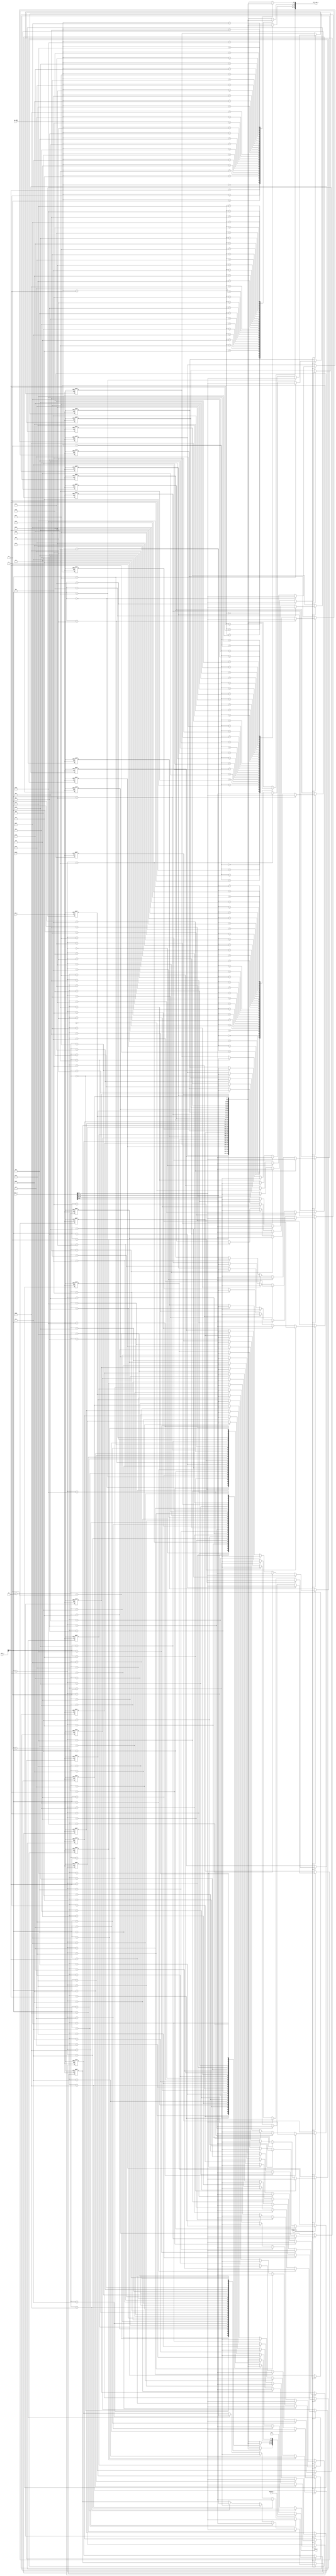
`timescale 1ns / 1ps
//////////////////////////////////////////////////////////////////////////////////
// Company: 
// Engineer: 
// 
// Design Name: 
// Module Name: Data_Mem
// Project Name: 
// Target Devices: 
// Tool Versions: 
// Description: 
// 
// Dependencies: 
// 
// Revision:
// Revision 0.01 - File Created
// Additional Comments:
// 
//////////////////////////////////////////////////////////////////////////////////

module Data_Mem
(   
    clk_i,
    reset,
    op_addr,
    addr_i,
    data_i,
    MemWrite_i,
    MemRead_i,
    data_o,
    data_mem_o
);


input clk_i;
input reset;
input [4:0] op_addr;
input [31:0] addr_i,data_i;
input MemWrite_i, MemRead_i;
integer i;
output [31:0] data_o;
output [31:0] data_mem_o;

reg [7:0] memory [0:31];
wire [31:0] op;

assign op = { memory[addr_i + 3],memory[addr_i + 2],
memory[addr_i + 1],memory[addr_i]};

assign data_mem_o = { memory[op_addr + 3],memory[op_addr + 2],
memory[op_addr + 1],memory[op_addr]};

assign data_o = (MemRead_i) ? op : 32'b0;

always @(posedge clk_i or posedge reset) begin

    if(reset)for(i=0;i<32;i=i+1)memory[i] <= 0;
     else if(MemWrite_i) begin
            memory[addr_i + 3] <= data_i[31:24];
            memory[addr_i + 2] <= data_i[23:16];
            memory[addr_i + 1] <= data_i[15:8];
            memory[addr_i]     <= data_i[7:0];
        end
end

endmodule